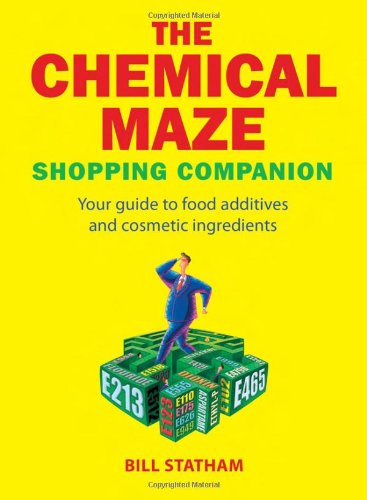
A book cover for The Chemical Maze: Your Guide to Food Additives and Cosmetic Ingredients; Bill Stratham; Health, Fitness & Dieting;